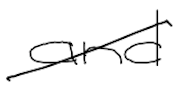
Text: and
Cross-out: diagonal
Writing tool: digital_black